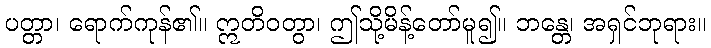
ပတ္တာ၊ ရောက်ကုန်၏။ ဣတိဝတွာ၊ ဤသို့မိန့်တော်မူ၍။ ဘန္တေ၊ အရှင်ဘုရား။